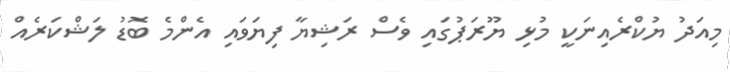
މިއަދު ޔުކްރެއިނަކީ މުޅި ޔޫރަޕުގައި ވެސް ރަޝިޔާ ފިޔަވައި އެންމެ ބޮޑު ލަޝްކަރެއް